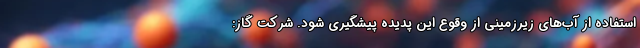
استفاده از آب‌های زیرزمینی از وقوع این پدیده پیشگیری شود. شرکت گاز: